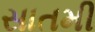
સાતમી